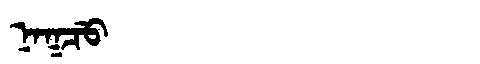
Manchu: ᠨᠠᡴᠴᡠ
Romanization: NAKCU